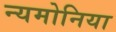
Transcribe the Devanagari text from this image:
न्यमोनिया